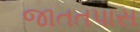
જાતતપાસ